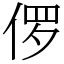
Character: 㑩